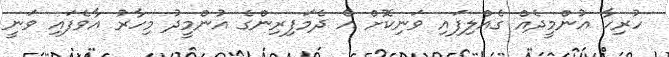
ހުރިހާ އުންމީދެއް ގެއްލިފައި ވަނިކޮށް އެ ދެމަފިރިންގެ އުންމީދު މިހާރު އާވެފައި ވަނީ